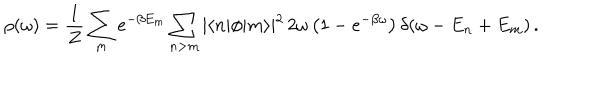
\rho ( \omega ) = { \frac { 1 } { Z } } \sum _ { m } e ^ { - \beta E _ { m } } \sum _ { n > m } \vert \langle n \vert \phi \vert m \rangle \vert ^ { 2 } \, 2 \omega \left( 1 - e ^ { - \beta \omega } \right) \delta ( \omega - E _ { n } + E _ { m } ) \, .